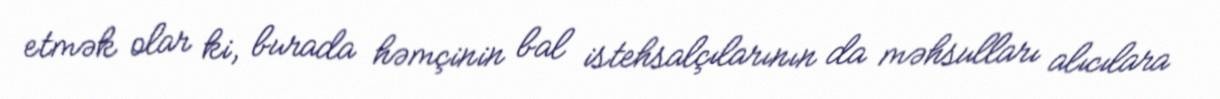
etmək olar ki, burada həmçinin bal istehsalçılarının da məhsulları alıcılara